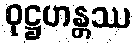
ဝုဋ္ဌဟန္တဿ